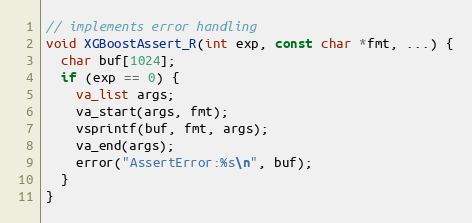
Language: C
// implements error handling
void XGBoostAssert_R(int exp, const char *fmt, ...) {
  char buf[1024];
  if (exp == 0) {
    va_list args;
    va_start(args, fmt);
    vsprintf(buf, fmt, args);
    va_end(args);
    error("AssertError:%s\n", buf);
  }
}